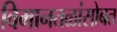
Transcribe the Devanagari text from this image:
विमानतळांसोबत